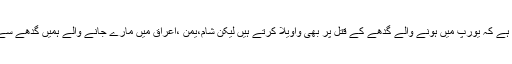
یہی حال اپنے وطن کا ہے کہ یورپ میں ہونے والے گدھے کے قتل پر بھی واویلا کرتے ہیں لیکن شام،یمن ،اعراق میں مارے جانے والے ہمیں گدھے سے بھی کمتر لگتے ہیں۔